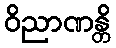
ဝိညာဏန္တိ